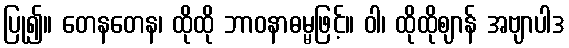
ပြု၍။ တေနတေန၊ ထိုထို ဘာဝနာဓမ္မဖြင့်။ ဝါ၊ ထိုထိုဈာန် အဗျာပါဒ